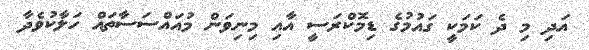
އަދި މި ދެ ކަމަކީ ގައުމުގެ ޑިމޮކްރަސީ އާއި މިނިވަން މުއައްސަސާތައް ހަލާކުވެދާ